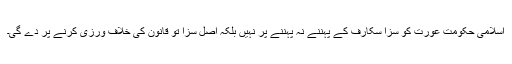
اسلامی حکومت عورت کو سزا سکارف کے پہننے نہ پہننے پر نہیں بلکہ اصل سزا تو قانون کی خلاف ورزی کرنے پر دے گی۔